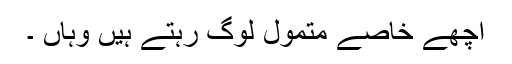
اچھے خاصے متمول لوگ رہتے ہیں وہاں ۔